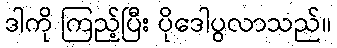
ဒါကို ကြည့်ပြီး ပိုဒေါပွလာသည်။